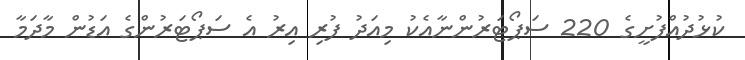
ކުޅުދުއްފުށީގެ 220 ސަޕޯޓަރުންނާއެކު މިއަދު ފުރި އިރު އެ ސަޕޯޓަރުންގެ އަޑުން މާދަމާ